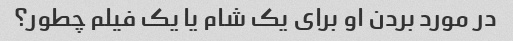
در مورد بردن او برای یک شام یا یک فیلم چطور؟